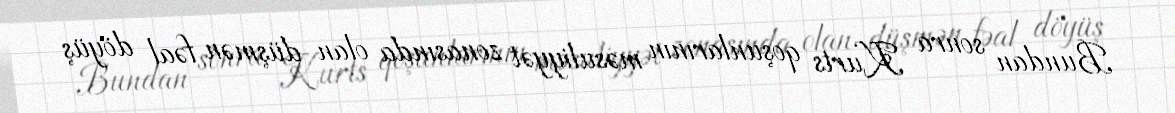
Bundan sonra Kurts qoşunlarının məsuliyyət zonasında olan düşmən fəal döyüş